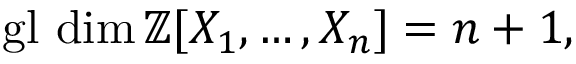
\operatorname { g l } \, \dim \mathbb { Z } [ X _ { 1 } , \ldots , X _ { n } ] = n + 1 ,